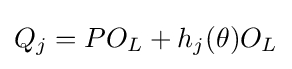
Q_{j}=PO_{L}+h_{j}(\theta )O_{L}